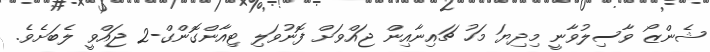
ޝެންޒޯ ވާސިލުވާނީ މިދިޔަ މަހު ޗައިނާއިން ޖައްވަށް ފޮނުވަލި ޓިއާންގޮންގް-2 ޖައްވީ ލެބަށެވެ.